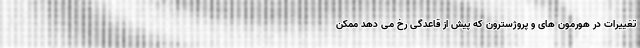
تغییرات در هورمون های و پروژسترون که پیش از قاعدگی رخ می دهد ممکن